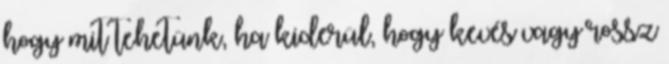
hogy mit tehetünk, ha kiderül, hogy kevés vagy rossz